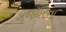
ગજધરના